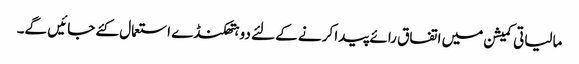
مالیاتی کمیشن میں اتفاق رائے پیدا کرنے کے لئے دو ہتھکنڈے استعمال کئے جائیں گے۔